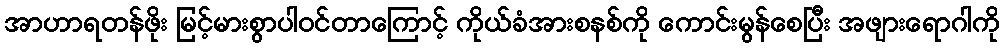
အာဟာရတန်ဖိုး မြင့်မားစွာပါဝင်တာကြောင့် ကိုယ်ခံအားစနစ်ကို ကောင်းမွန်စေပြီး အဖျားရောဂါကို